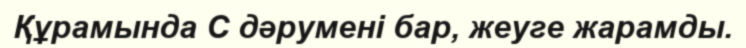
Құрамында С дәрумені бар, жеуге жарамды.